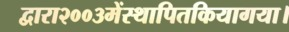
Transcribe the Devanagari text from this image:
द्वारा२००३मेंस्थापितकियागया।